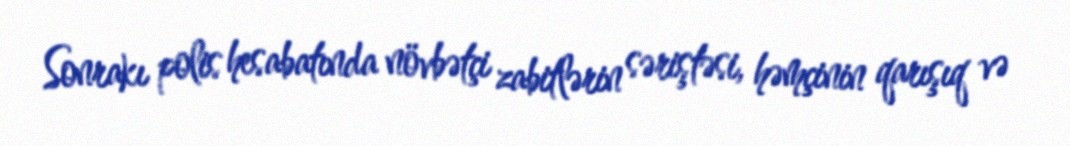
Sonrakı polis hesabatında növbətçi zabitlərin səriştəsi, həmçinin qarışıq və